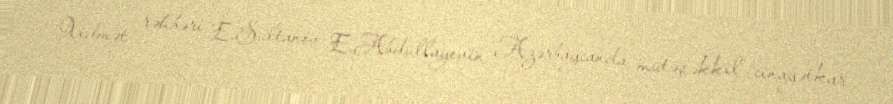
Xidmət rəhbəri E.Sultanov E.Abdullayevin Azərbaycanda mütəşəkkil cinayətkar